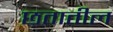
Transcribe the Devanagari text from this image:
छतातील